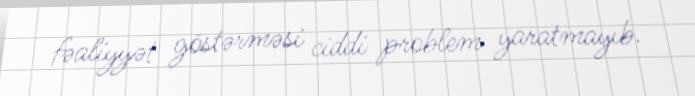
fəaliyyət göstərməsi ciddi problem yaratmayıb.